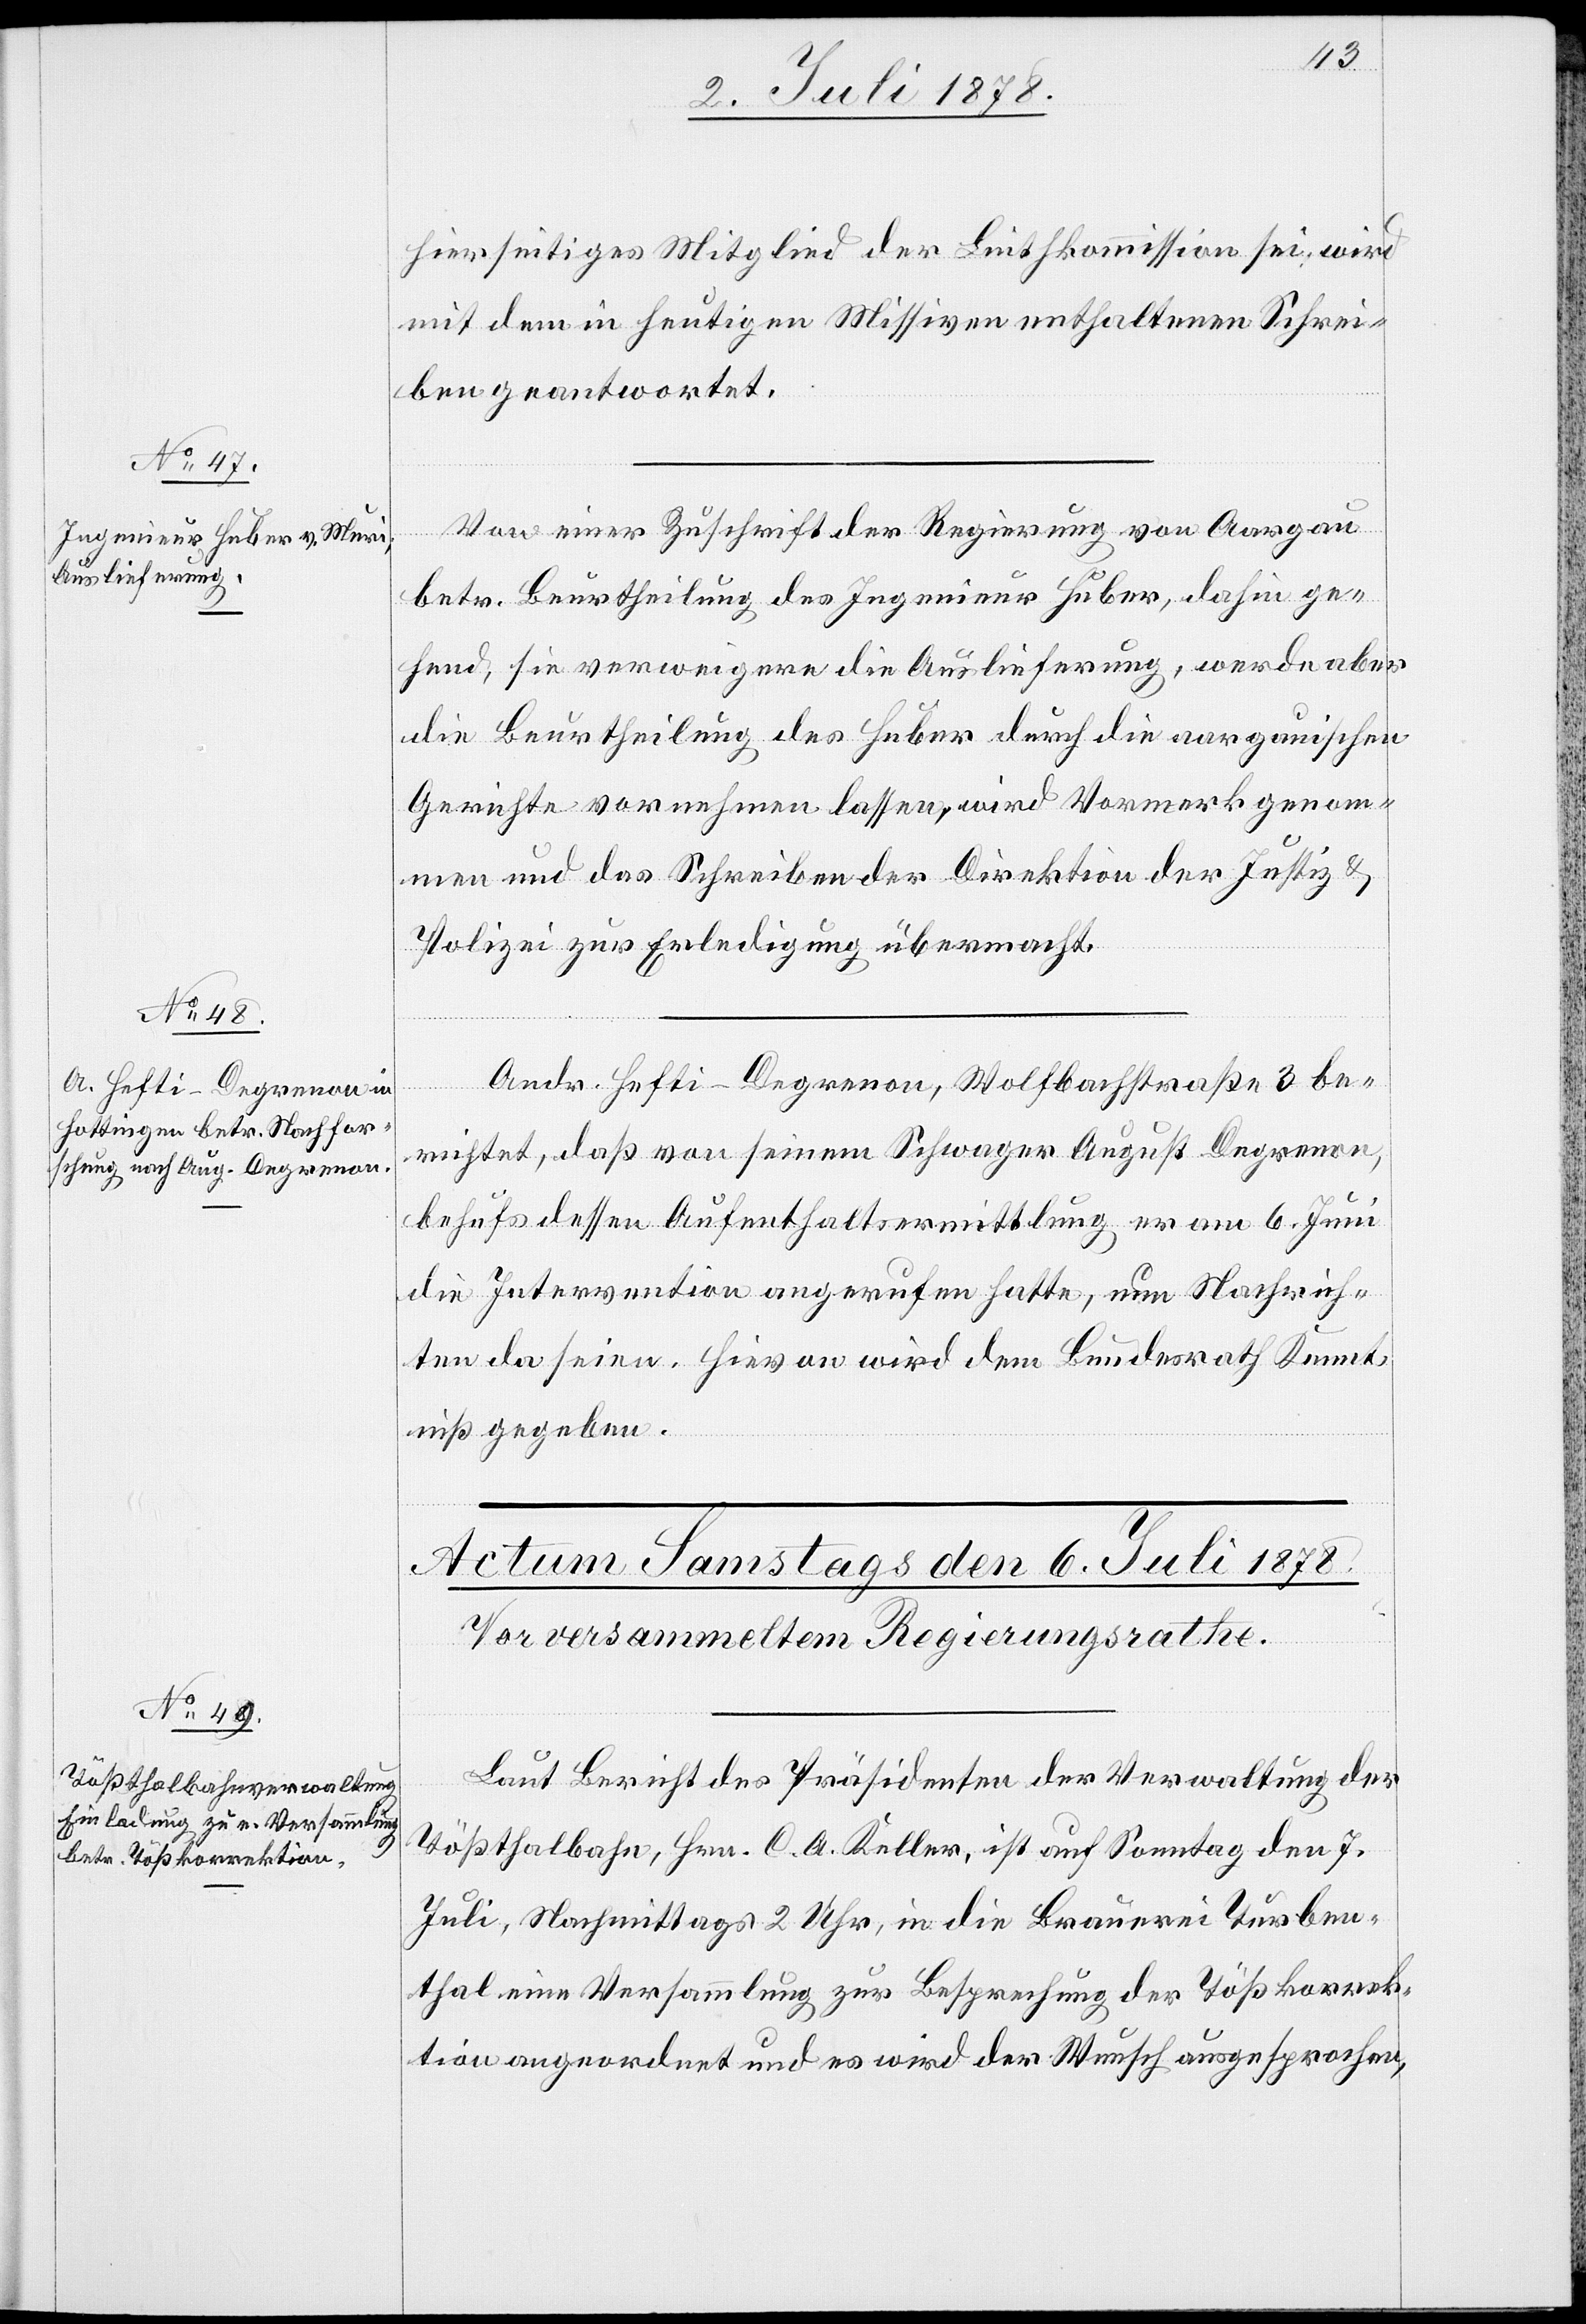
5. Juli 1878.]
hierseitiges Mitglied der Linthkommission sei, wird
mit dem in heutigen Missiven enthaltenen Schrei¬
ben geantwortet.
Von einer Zuschrift der Regierung von Aargau
betr. Beurtheilung des Ingenieur Huber, dahin ge¬
hend, sie verweigere die Auslieferung, werde aber
die Beurtheilung des Huber durch die aargauischen
Gerichte vornehmen lassen, wird Vormerk genom¬
men und das Schreiben der Direktion der Justiz &
Polizei zur Erledigung übermacht.
Andr. Hefti-Degrenon, Wolfbachstraße 3 be¬
richtet, daß von seinem Schwager August Degrenon,
behufs dessen Aufenthaltsermittlung er am 6. Juni
die Intervention angerufen hatte, nun Nachrich¬
ten da seien. Hievon wird dem Bundesrath Kennt¬
niß gegeben.
Laut Bericht des Präsidenten der Verwaltung der
Tößthalbahn, Hrn. C. A. Keller, ist auf Sonntag den 7.
Juli, Nachmittags 2 Uhr, in die Brauerei Turben¬
thal eine Versammlung zur Besprechung der Tößkorrek¬
tion angeordnet und es wird der Wunsch ausgesprochen,